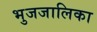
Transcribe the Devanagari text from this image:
भुजजालिका